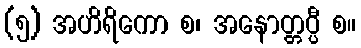
(၅) အဟိရိကော စ၊ အနောတ္တပ္ပီ စ။